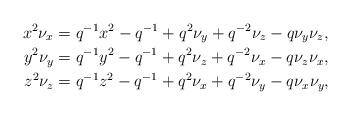
LaTeX: \begin{align*}x^2 \nu_x &= q^{-1} x^2 - q^{-1} + q^2 \nu_y + q^{-2}\nu_z - q\nu_y\nu_z,\\y^2 \nu_y &= q^{-1} y^2 - q^{-1} + q^2 \nu_z + q^{-2}\nu_x - q\nu_z\nu_x,\\z^2 \nu_z &= q^{-1} z^2 - q^{-1} + q^2 \nu_x + q^{-2}\nu_y - q\nu_x\nu_y,\end{align*}